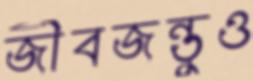
জীবজন্তুও